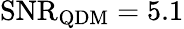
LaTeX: \textrm{SNR}_{\textrm{QDM}}=5.1